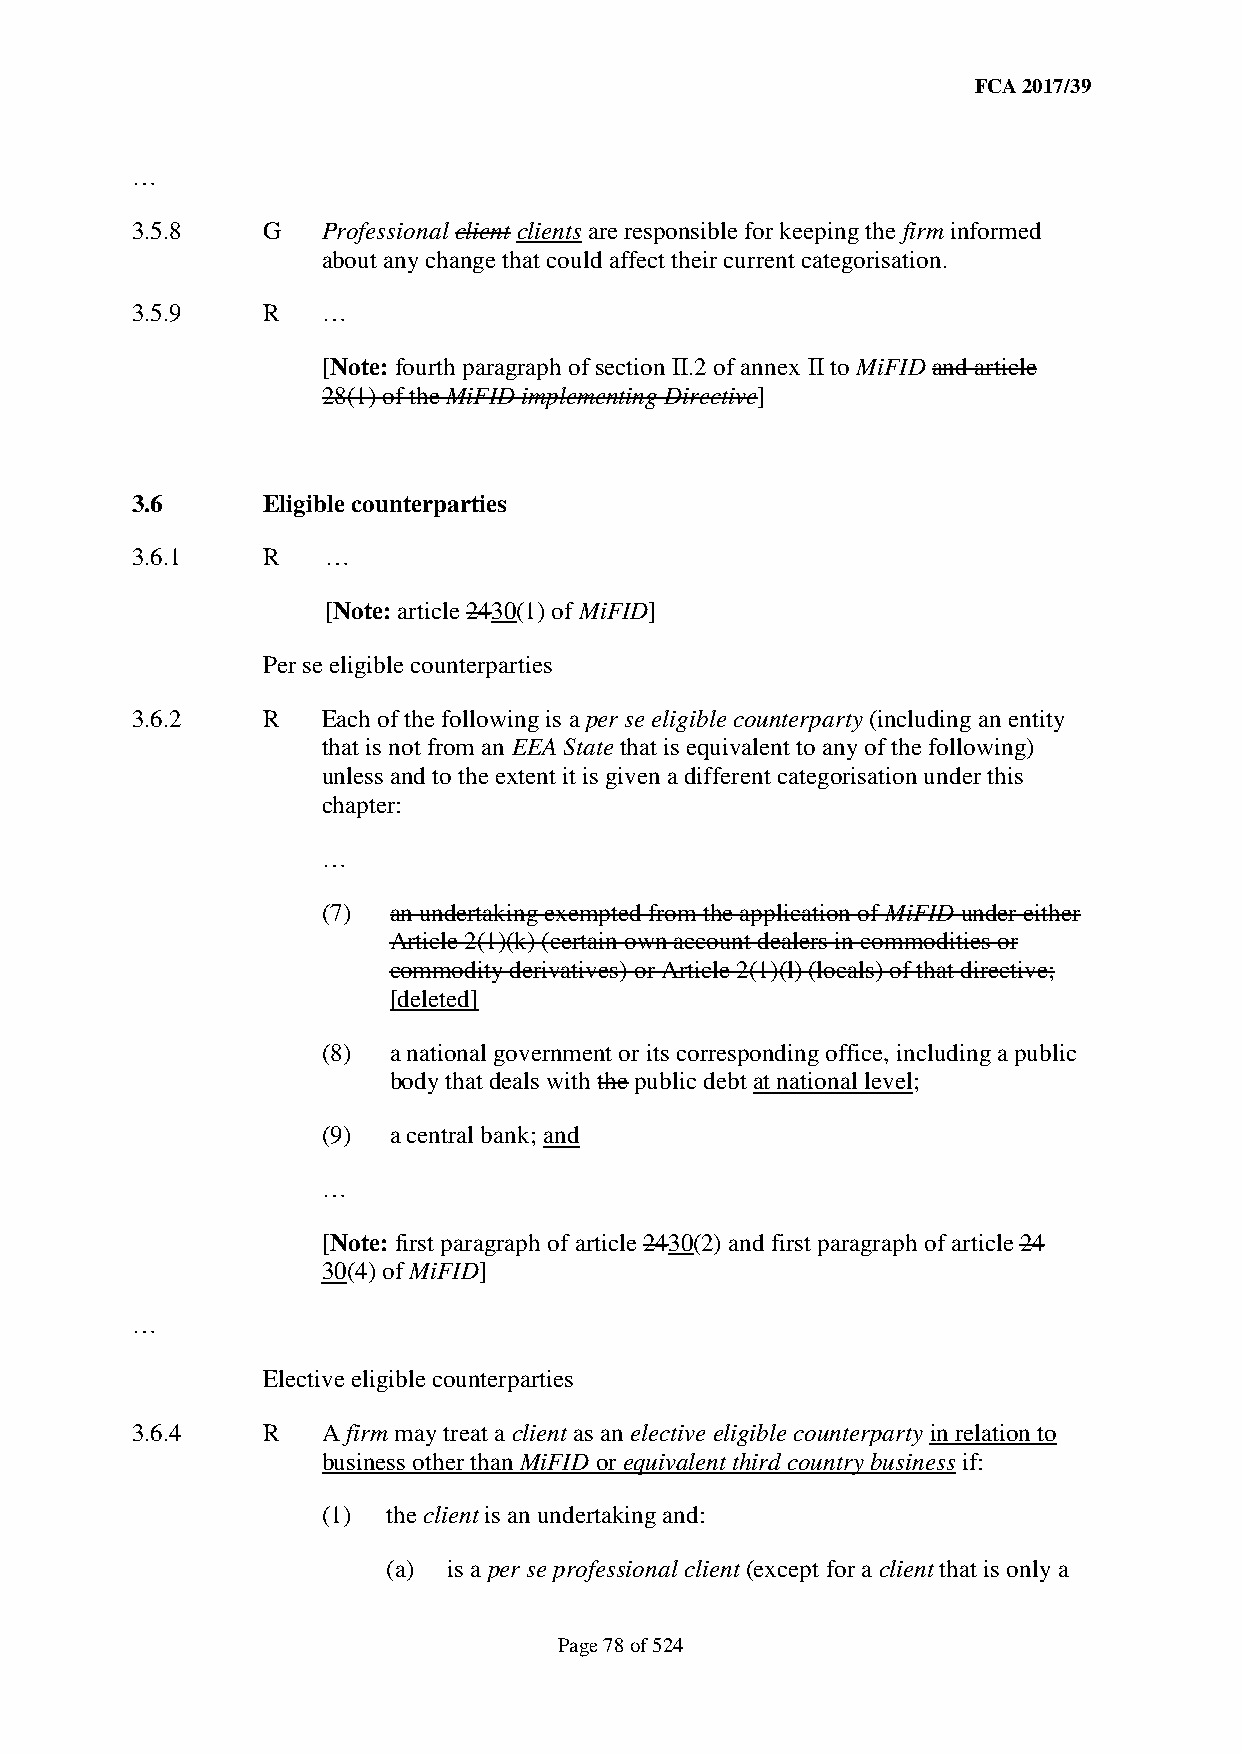
FCA 2017/39
 …
 3.5.8   G   Professional client clients are responsible for keeping the firm informed
 about any change that could affect their current categorisation.
 3.5.9   R   …
 [Note: fourth paragraph of section II.2 of annex II to MiFID and article
 28(1) of the MiFID implementing Directive]
 3.6     Eligible counterparties
 3.6.1   R   …
 [Note: article 2430(1) of MiFID]
 Per se eligible counterparties
 3.6.2   R   Each of the following is a per se eligible counterparty (including an entity
 that is not from an EEA State that is equivalent to any of the following)
 unless and to the extent it is given a different categorisation under this
 chapter:
 …
 (7)  an undertaking exempted from the application of MiFID under either
 Article 2(1)(k) (certain own account dealers in commodities or
 commodity derivatives) or Article 2(1)(l) (locals) of that directive;
 [deleted]
 (8)  a national government or its corresponding office, including a public
 body that deals with the public debt at national level;
 (9)  a central bank; and
 …
 [Note: first paragraph of article 2430(2) and first paragraph of article 24
 30(4) of MiFID]
 …
 Elective eligible counterparties
 3.6.4   R   A firm may treat a client as an elective eligible counterparty in relation to
 business other than MiFID or equivalent third country business if:
 (1)  the client is an undertaking and:
 (a) is a per se professional client (except for a client that is only a
 Page 78 of 524